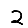
Digit: 2